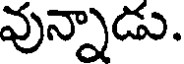
వున్నాడు.